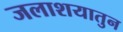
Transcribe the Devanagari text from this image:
जलाशयातुन